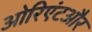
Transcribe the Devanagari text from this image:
ओरिएंटऔर